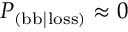
P _ { \mathrm { ( b b | l o s s ) } } \approx 0